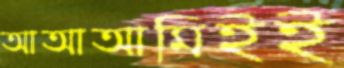
আআআমিইই